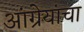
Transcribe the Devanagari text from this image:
आंग्रेयांचा